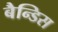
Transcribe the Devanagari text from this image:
बैन्डिस